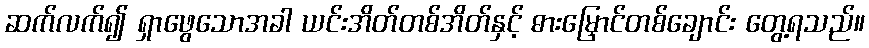
ဆက်လက်၍ ရှာဖွေသောအခါ ယင်းအိတ်တစ်အိတ်နှင့် ဓားမြှောင်တစ်ချောင်း တွေ့ရသည်။